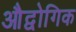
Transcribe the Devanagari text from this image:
औद्वोगिक